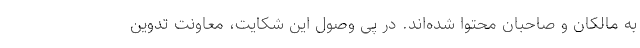
به مالکان و صاحبان محتوا شده‌اند. در پی وصول این شکایت، معاونت تدوین